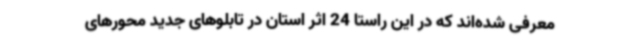
معرفی‌ شده‌اند که در این راستا 24 اثر استان در تابلوهای جدید محورهای